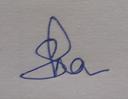
Signature authenticity: genuine